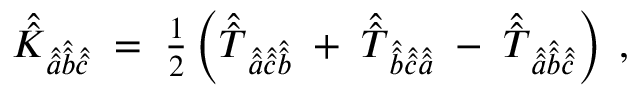
\hat { \hat { K } } _ { \hat { \hat { a } } \hat { \hat { b } } \hat { \hat { c } } } \; = \; { \textstyle \frac { 1 } { 2 } } \left( \hat { \hat { T } } _ { \hat { \hat { a } } \hat { \hat { c } } \hat { \hat { b } } } \; + \; \hat { \hat { T } } _ { \hat { \hat { b } } \hat { \hat { c } } \hat { \hat { a } } } \; - \; \hat { \hat { T } } _ { \hat { \hat { a } } \hat { \hat { b } } \hat { \hat { c } } } \right) \; ,